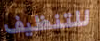
للتنظيف